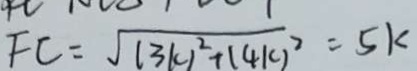
F C = \sqrt { ( 3 k ) ^ { 2 } + ( 4 k ) ^ { 2 } } = 5 k